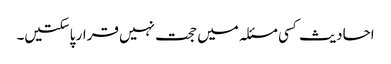
احادیث کسی مسئلہ میں حجت نہیں قرار پاسکتیں۔